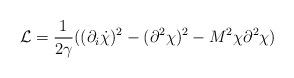
LaTeX: \begin{align*}{\cal L}=\frac{1}{2\gamma} ((\partial_i\dot\chi)^2-(\partial^2\chi)^2 - M^2\chi\partial^2\chi)\end{align*}